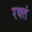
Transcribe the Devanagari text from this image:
रक्तं